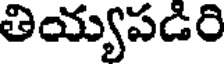
తియ్యపడిరి